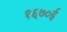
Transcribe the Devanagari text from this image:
१६७०ई